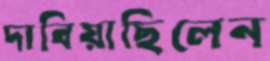
দাবিয়াছিলেন